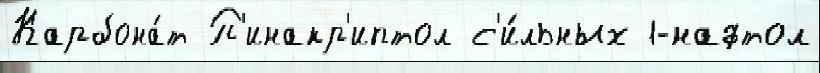
Карбона́т П'инакр'иптол с'и́льных 1-нафтол